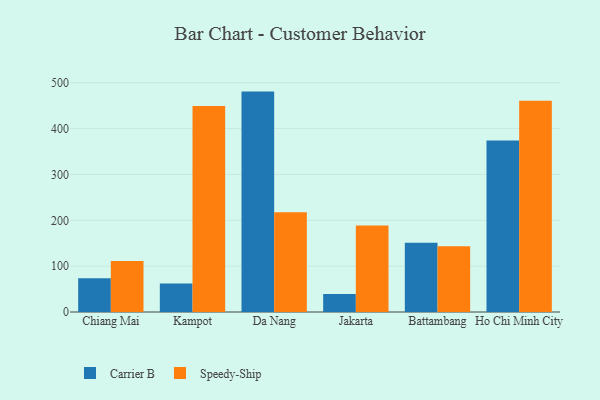
{"axis": {"x": "City", "y": "Customer Acquisition Cost (USD)"}, "legend": ["Carrier B", "Speedy-Ship"], "data": [{"x": "Chiang Mai", "y": 73.4, "type": "Carrier B"}, {"x": "Chiang Mai", "y": 111.3, "type": "Speedy-Ship"}, {"x": "Kampot", "y": 62.2, "type": "Carrier B"}, {"x": "Kampot", "y": 449.4, "type": "Speedy-Ship"}, {"x": "Da Nang", "y": 480.7, "type": "Carrier B"}, {"x": "Da Nang", "y": 217.8, "type": "Speedy-Ship"}, {"x": "Jakarta", "y": 39.4, "type": "Carrier B"}, {"x": "Jakarta", "y": 188.6, "type": "Speedy-Ship"}, {"x": "Battambang", "y": 151.3, "type": "Carrier B"}, {"x": "Battambang", "y": 143.6, "type": "Speedy-Ship"}, {"x": "Ho Chi Minh City", "y": 374.2, "type": "Carrier B"}, {"x": "Ho Chi Minh City", "y": 460.9, "type": "Speedy-Ship"}]}